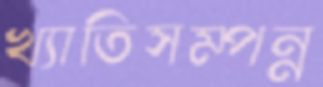
খ্যাতিসম্পন্ন